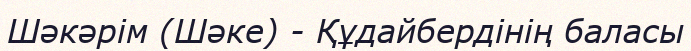
Шәкәрім (Шәке) - Құдайбердінің баласы